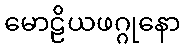
မောဠိယဖဂ္ဂုနော